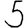
Digit: 5